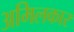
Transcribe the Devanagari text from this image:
अमिलकार